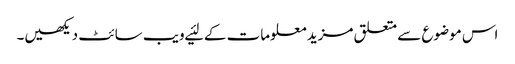
اس موضوع سے متعلق مزید معلومات کے لئیے ویب سائٹ دیکھیں۔